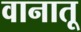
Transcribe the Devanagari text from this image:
वानातू